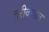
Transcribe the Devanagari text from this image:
तरीक्यात